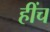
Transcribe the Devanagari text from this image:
हींच